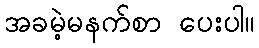
အခမဲ့မနက်စာ ပေးပါ။